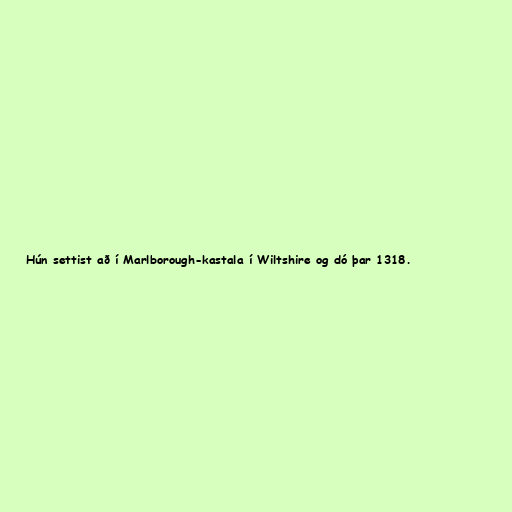
Hún settist að í Marlborough-kastala í Wiltshire og dó þar 1318.